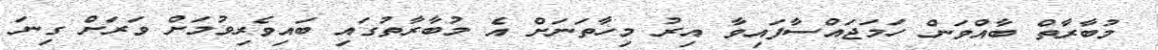
މުބާރާތް ބާއްވަން ހަމަޖައްސާފައިވާ އިރު މިހާތަނަށް އެ މުބާރާތުގައި ބައިވެރިވުމަށް ވަރަށް ގިނަ